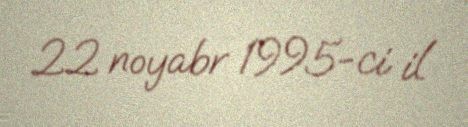
22 noyabr 1995-ci il